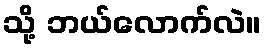
သို့ ဘယ်လောက်လဲ။